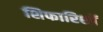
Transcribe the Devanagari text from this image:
शिफारिशों